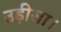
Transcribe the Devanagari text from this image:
उड़ीसा।